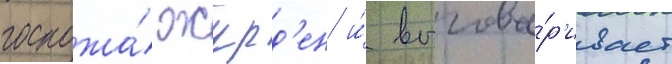
госпожа́ журд'ен и́ выгова́р'ивает